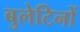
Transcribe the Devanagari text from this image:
बुलेटिनों